Notes on vaccination in the North-West Frontier Province 1923-1928 - 1923-1928
Year: 1923
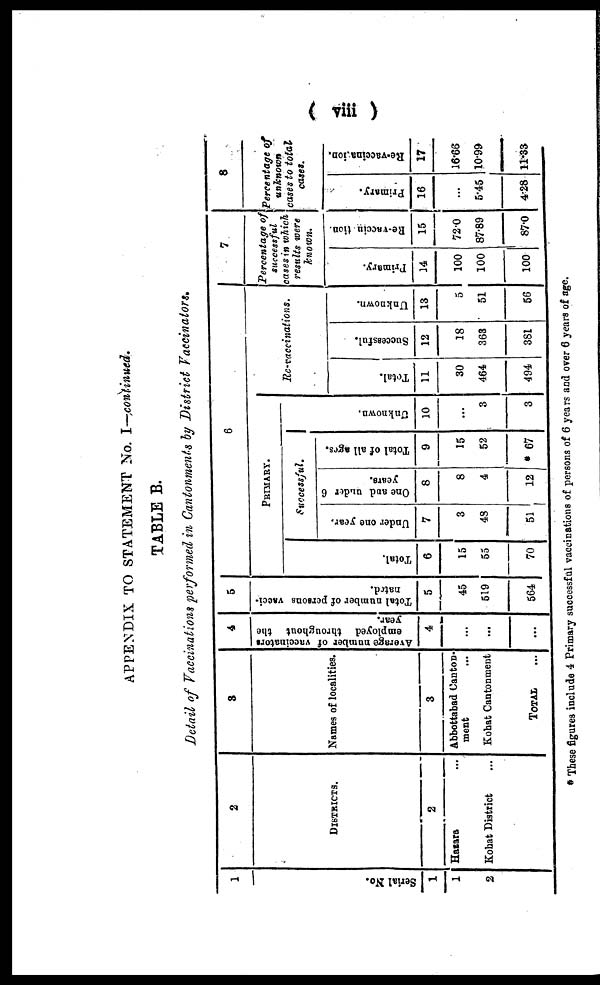
(viii)
APPENDIX TO STATEMENT No. I—continued.
TABLE B.
Detail of Vaccinations performed in Cantonments by District Vaccinators.
1
Serial No.
1
1
2
2
DISTRICTS.
2
Hazara ...
Kohat District ...
3
Names of localities.
3
Abbottabad Canton¬
ment ...
Kohat Cantonment
TOTAL
...
4
Average number of vaccinators
employed throughout the
year.
4
...
...
...
5
Total number of persons vacci-
nated.
5
45
519
564
6
PRIMARY.
Total.
6
15
55
70
Successful.
Under one year.
7
3
48
51
One and under 6
years.
8
8
4
12
Total of all ages.
9
15
52
* 67
unknown.
10
...
3
3
Re-vaccinations.
Total.
11
30
464
494
Successful.
12
18
363
381
Unknown.
13
5
51
56
7
Percentage of
successful
cases in which
results were
Known.
Primary.
14
100
100
100
Re-vaccination.
15
72.0
87.89
87.0
8
Percentage of
unknown
cases to total
cases.
Primary.
16
...
5.45
4.28
Re-vaccination.
17
16.66
10.99
11.33
* These figures include 4 Primary successful vaccinations of persons of 6 years and over 6 years of age.